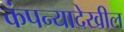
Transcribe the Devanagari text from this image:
कंपन्यादेखील